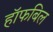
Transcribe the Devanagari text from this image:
हॉफबिल